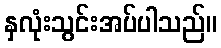
နှလုံးသွင်းအပ်ပါသည်။